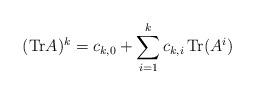
LaTeX: \begin{align*}({\rm Tr} A)^k = c_{k,0} + \sum_{i=1}^k c_{k,i} \, {\rm Tr}(A^i)\end{align*}